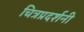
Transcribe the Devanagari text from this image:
चित्रप्रदर्शनी